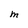
Character: M